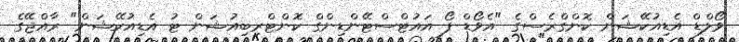
ވޯލްޑް އެޑިއުކޭޝަން ކޮންގްރެސްގެ "އެވޯޑް ފޯ އައުޓްސްޓޭންޑިންގް ކޮންޓްރިބިއުޝަން ޓު އެޑިއުކޭޝަން" ރާއްޖޭގެ